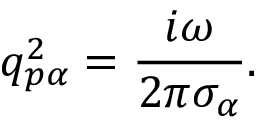
q _ { p \alpha } ^ { 2 } = \frac { i \omega } { 2 \pi { { \sigma } _ { \alpha } } } .